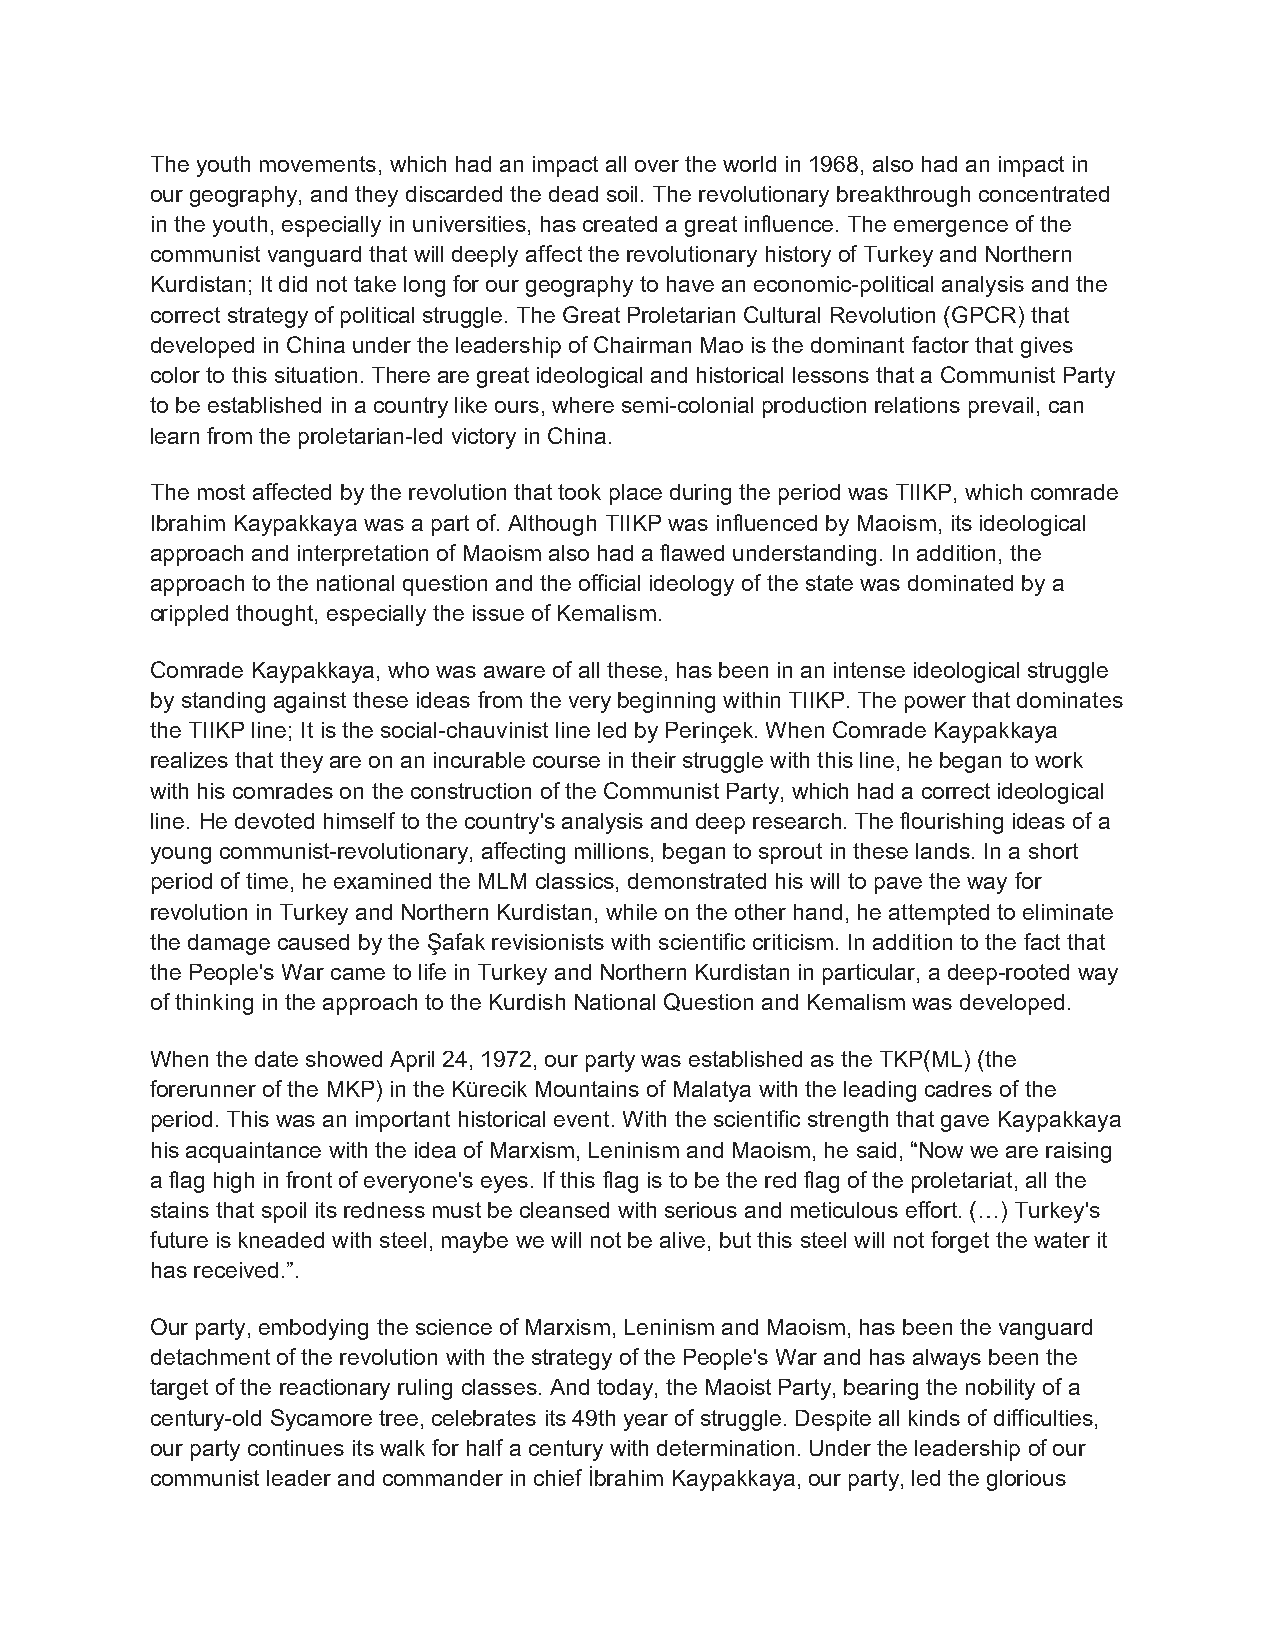
The youth movements, which had an impact all over the world in 1968, also had an impact in
 our geography, and they discarded the dead soil. The revolutionary breakthrough concentrated
 in the youth, especially in universities, has created a great influence. The emergence of the
 communist vanguard that will deeply affect the revolutionary history of Turkey and Northern
 Kurdistan; It did not take long for our geography to have an economic-political analysis and the
 correct strategy of political struggle. The Great Proletarian Cultural Revolution (GPCR) that
 developed in China under the leadership of Chairman Mao is the dominant factor that gives
 color to this situation. There are great ideological and historical lessons that a Communist Party
 to be established in a country like ours, where semi-colonial production relations prevail, can
 learn from the proletarian-led victory in China.
 The most affected by the revolution that took place during the period was TIIKP, which comrade
 Ibrahim Kaypakkaya was a part of. Although TIIKP was influenced by Maoism, its ideological
 approach and interpretation of Maoism also had a flawed understanding. In addition, the
 approach to the national question and the official ideology of the state was dominated by a
 crippled thought, especially the issue of Kemalism.
 Comrade Kaypakkaya, who was aware of all these, has been in an intense ideological struggle
 by standing against these ideas from the very beginning within TIIKP. The power that dominates
 the TIIKP line; It is the social-chauvinist line led by Perinçek. When Comrade Kaypakkaya
 realizes that they are on an incurable course in their struggle with this line, he began to work
 with his comrades on the construction of the Communist Party, which had a correct ideological
 line. He devoted himself to the country's analysis and deep research. The flourishing ideas of a
 young communist-revolutionary, affecting millions, began to sprout in these lands. In a short
 period of time, he examined the MLM classics, demonstrated his will to pave the way for
 revolution in Turkey and Northern Kurdistan, while on the other hand, he attempted to eliminate
 the damage caused by the Şafak revisionists with scientific criticism. In addition to the fact that
 the People's War came to life in Turkey and Northern Kurdistan in particular, a deep-rooted way
 of thinking in the approach to the Kurdish National Question and Kemalism was developed.
 When the date showed April 24, 1972, our party was established as the TKP(ML) (the
 forerunner of the MKP) in the Kürecik Mountains of Malatya with the leading cadres of the
 period. This was an important historical event. With the scientific strength that gave Kaypakkaya
 his acquaintance with the idea of Marxism, Leninism and Maoism, he said, “Now we are raising
 a flag high in front of everyone's eyes. If this flag is to be the red flag of the proletariat, all the
 stains that spoil its redness must be cleansed with serious and meticulous effort. (…) Turkey's
 future is kneaded with steel, maybe we will not be alive, but this steel will not forget the water it
 has received.”.
 Our party, embodying the science of Marxism, Leninism and Maoism, has been the vanguard
 detachment of the revolution with the strategy of the People's War and has always been the
 target of the reactionary ruling classes. And today, the Maoist Party, bearing the nobility of a
 century-old Sycamore tree, celebrates its 49th year of struggle. Despite all kinds of difficulties,
 our party continues its walk for half a century with determination. Under the leadership of our
 communist leader and commander in chief İbrahim Kaypakkaya, our party, led the glorious